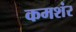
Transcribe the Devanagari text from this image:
कमशंर